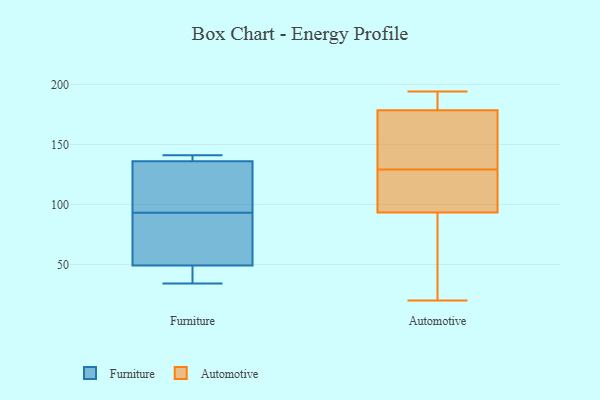
{"axis": {"x": "Demand Index", "y": "Value"}, "legend": ["Automotive", "Furniture"], "data": [{"x": "", "y": 107, "type": "Furniture"}, {"x": "", "y": 79, "type": "Furniture"}, {"x": "", "y": 141, "type": "Furniture"}, {"x": "", "y": 136, "type": "Furniture"}, {"x": "", "y": 73, "type": "Furniture"}, {"x": "", "y": 49, "type": "Furniture"}, {"x": "", "y": 136, "type": "Furniture"}, {"x": "", "y": 38, "type": "Furniture"}, {"x": "", "y": 133, "type": "Furniture"}, {"x": "", "y": 34, "type": "Furniture"}, {"x": "", "y": 20, "type": "Automotive"}, {"x": "", "y": 111, "type": "Automotive"}, {"x": "", "y": 66, "type": "Automotive"}, {"x": "", "y": 184, "type": "Automotive"}, {"x": "", "y": 194, "type": "Automotive"}, {"x": "", "y": 183, "type": "Automotive"}, {"x": "", "y": 94, "type": "Automotive"}, {"x": "", "y": 165, "type": "Automotive"}, {"x": "", "y": 129, "type": "Automotive"}, {"x": "", "y": 153, "type": "Automotive"}, {"x": "", "y": 93, "type": "Automotive"}]}